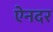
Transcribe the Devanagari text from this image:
ऐनदर